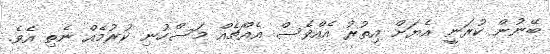
ބޭނުން ކުރަނީ އެޔަށް އިތުރު އެއްވެސް އެއްޗެއް މަސްހުނި ކުރުމެއް ނެތި އެވެ.